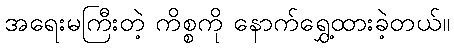
အရေးမကြီးတဲ့ ကိစ္စကို နောက်ရွှေ့ထားခဲ့တယ်။